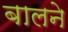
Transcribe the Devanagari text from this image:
बालने